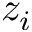
z _ { i }